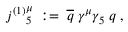
{ j ^ { ( 1 ) } } _ { 5 } ^ { \mu } \; : = \; \overline { { { q } } } \; \gamma ^ { \mu } \gamma _ { 5 } \; q \; ,